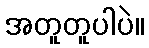
အတူတူပါပဲ။